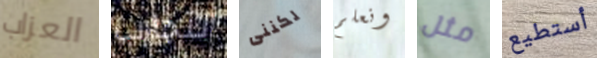
العزاب التجارب لكننى ونعلم مثل أستطيع